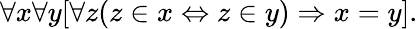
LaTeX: \forall x\forall y[\forall z(z\in x\Leftrightarrow z\in y)\Rightarrow x=y].